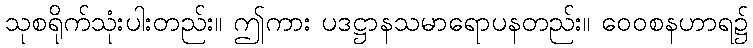
သုစရိုက်သုံးပါးတည်း။ ဤကား ပဒဋ္ဌာနသမာရောပနတည်း။ ဝေဝစနဟာရ၌